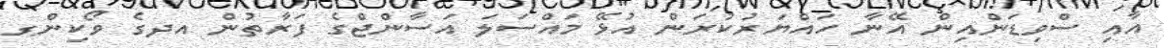
އާއި ސްވިޑަންއިން އޭނާ ހައްޔަރުކުރަން އުޅޭ މައްސަލަ އަސާންޖްގެ ފަރާތުން އދގެ ވޯކިންގ